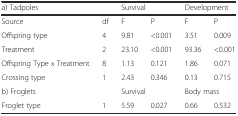
<table><thead><tr><td><b>a) Tadpoles</b></td><td></td><td colspan="2"><b>Survival</b></td><td colspan="2"><b>Development</b></td></tr></thead><tbody><tr><td>Source</td><td>df</td><td>F</td><td>P</td><td>F</td><td>P</td></tr><tr><td>Offspring type</td><td>4</td><td>9.81</td><td>&lt;0.001</td><td>3.51</td><td>0.009</td></tr><tr><td>Treatment</td><td>2</td><td>23.10</td><td>&lt;0.001</td><td>93.36</td><td>&lt;0.001</td></tr><tr><td>Offspring Type x Treatment</td><td>8</td><td>1.13</td><td>0.121</td><td>1.86</td><td>0.071</td></tr><tr><td>Crossing type</td><td>1</td><td>2.43</td><td>0.346</td><td>0.13</td><td>0.715</td></tr><tr><td>b) Froglets</td><td></td><td colspan="2">Survival</td><td colspan="2">Body mass</td></tr><tr><td>Froglet type</td><td>1</td><td>5.59</td><td>0.027</td><td>0.66</td><td>0.532</td></tr></tbody></table>